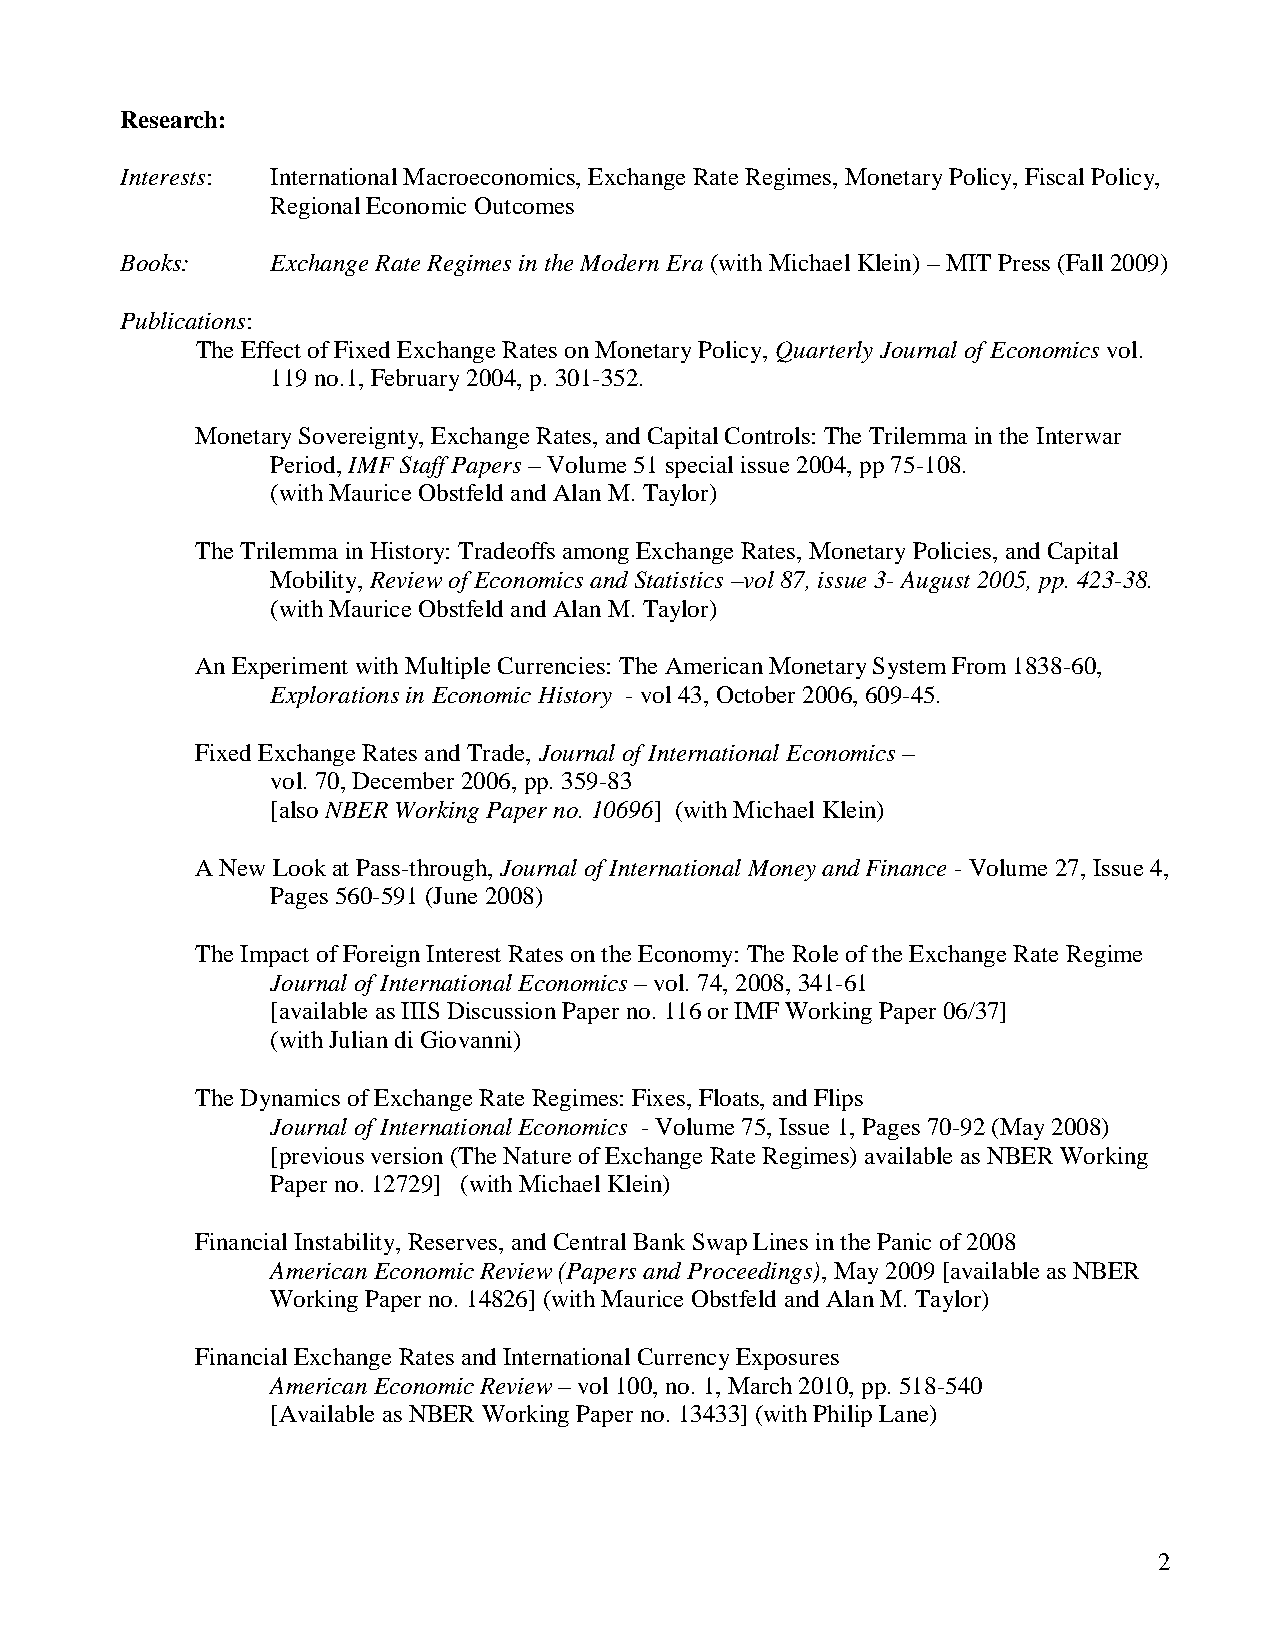
Research:
 Interests: International Macroeconomics, Exchange Rate Regimes, Monetary Policy, Fiscal Policy,
 Regional Economic Outcomes
 Books:    Exchange Rate Regimes in the Modern Era (with Michael Klein) – MIT Press (Fall 2009)
 Publications:
 The Effect of Fixed Exchange Rates on Monetary Policy, Quarterly Journal of Economics vol.
 119 no.1, February 2004, p. 301-352.
 Monetary Sovereignty, Exchange Rates, and Capital Controls: The Trilemma in the Interwar
 Period, IMF Staff Papers – Volume 51 special issue 2004, pp 75-108.
 (with Maurice Obstfeld and Alan M. Taylor)
 The Trilemma in History: Tradeoffs among Exchange Rates, Monetary Policies, and Capital
 Mobility, Review of Economics and Statistics –vol 87, issue 3- August 2005, pp. 423-38.
 (with Maurice Obstfeld and Alan M. Taylor)
 An Experiment with Multiple Currencies: The American Monetary System From 1838-60,
 Explorations in Economic History - vol 43, October 2006, 609-45.
 Fixed Exchange Rates and Trade, Journal of International Economics –
 vol. 70, December 2006, pp. 359-83
 [also NBER Working Paper no. 10696] (with Michael Klein)
 A New Look at Pass-through, Journal of International Money and Finance - Volume 27, Issue 4,
 Pages 560-591 (June 2008)
 The Impact of Foreign Interest Rates on the Economy: The Role of the Exchange Rate Regime
 Journal of International Economics – vol. 74, 2008, 341-61
 [available as IIIS Discussion Paper no. 116 or IMF Working Paper 06/37]
 (with Julian di Giovanni)
 The Dynamics of Exchange Rate Regimes: Fixes, Floats, and Flips
 Journal of International Economics - Volume 75, Issue 1, Pages 70-92 (May 2008)
 [previous version (The Nature of Exchange Rate Regimes) available as NBER Working
 Paper no. 12729] (with Michael Klein)
 Financial Instability, Reserves, and Central Bank Swap Lines in the Panic of 2008
 American Economic Review (Papers and Proceedings), May 2009 [available as NBER
 Working Paper no. 14826] (with Maurice Obstfeld and Alan M. Taylor)
 Financial Exchange Rates and International Currency Exposures
 American Economic Review – vol 100, no. 1, March 2010, pp. 518-540
 [Available as NBER Working Paper no. 13433] (with Philip Lane)
 2